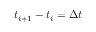
t _ { i + 1 } - t _ { i } = \Delta t